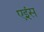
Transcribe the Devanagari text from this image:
एइंस